Civil Veterinary Dept. Bombay admin report 1932-41 - 1932-1941
Year: 1932
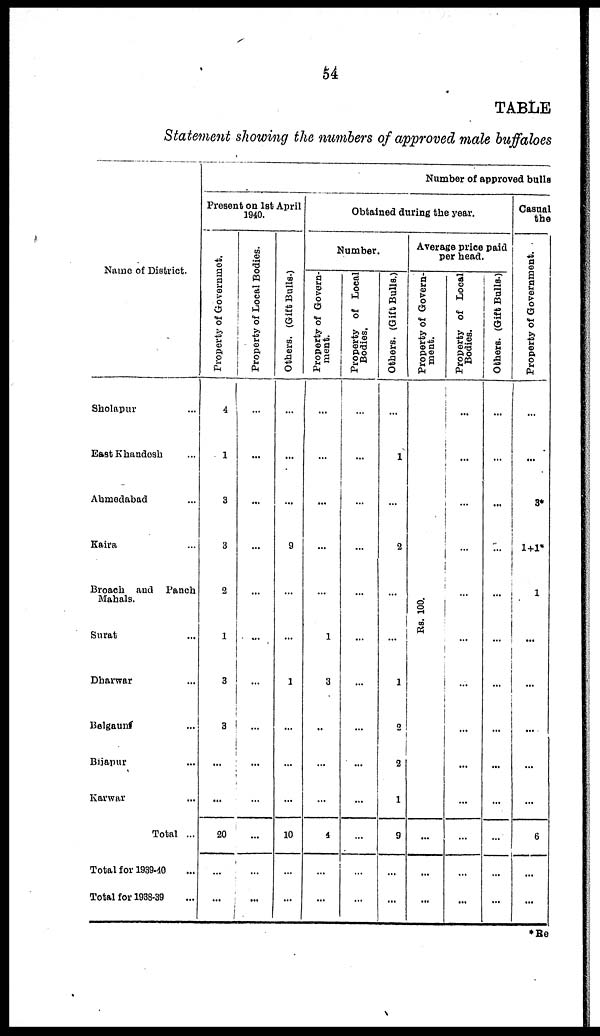
54
TABLE
Statement showing the numbers of approved male buffaloes
Name of District.
Sholapur ...
East Khandesh ...
Ahmedabad ...
Kaira ...
Broach and Panch
Mahals.
Surat ...
Dharwar ...
Belgaum ...
Bijapur ...
Karwar ...
Total ...
Total for1939-40 ...
Total for 1938-39 ...
Number of approved balls
Present on 1st April
1940.
Property of Governmet.
4
1
3
3
2
1
3
3
...
...
20
...
...
Property of Local Bodies.
...
...
...
...
...
...
...
...
...
...
...
...
...
Others. (Gift Bulls.)
...
...
...
9
...
...
1
...
...
...
10
...
...
Obtained during the year.
Number.
Property of Govern-
ment.
...
...
...
...
...
1
3
...
...
...
4
...
...
Property of Local
Bodies,
...
...
...
...
...
...
...
...
...
...
...
...
...
Others. (Gift Bulls.)
...
1
...
2
...
...
1
2
2
1
9
...
...
Average price paid
per head.
Property of Govern-
ment.
Rs. 100.
...
...
...
Property of Looal
Bodies.
...
...
...
...
...
...
...
...
...
...
...
...
...
Others. (Gift Bulls.)
...
...
...
...
...
...
...
...
...
...
..
...
...
Casual
the
Property of Government.
...
...
3*
1+1*
1
...
...
...
...
...
6
...
...
*Re